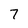
Character: 7